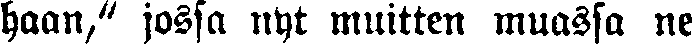
haan," jossa nyt muitten muassa ne